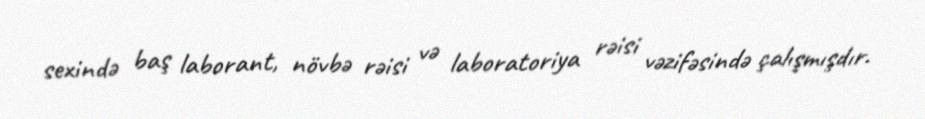
sexində baş laborant, növbə rəisi və laboratoriya rəisi vəzifəsində çalışmışdır.